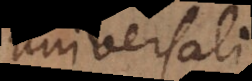
universali